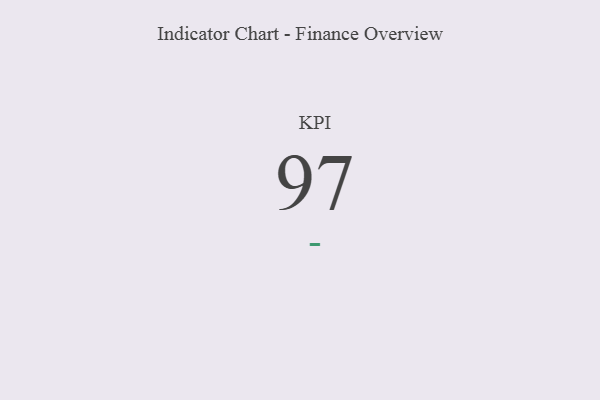
{"axis": {"x": "KPI", "y": "Value"}, "legend": [""], "data": [{"x": "KPI", "y": 97, "type": ""}]}